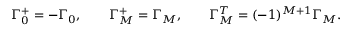
\Gamma _ { 0 } ^ { + } = - \Gamma _ { 0 } , \qquad \Gamma _ { M } ^ { + } = \Gamma _ { M } , \qquad \Gamma _ { M } ^ { T } = ( - 1 ) ^ { M + 1 } \Gamma _ { M } .